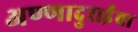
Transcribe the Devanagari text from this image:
अण्णादुराईंचा